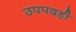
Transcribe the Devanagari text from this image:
उपपदही